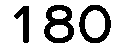
180